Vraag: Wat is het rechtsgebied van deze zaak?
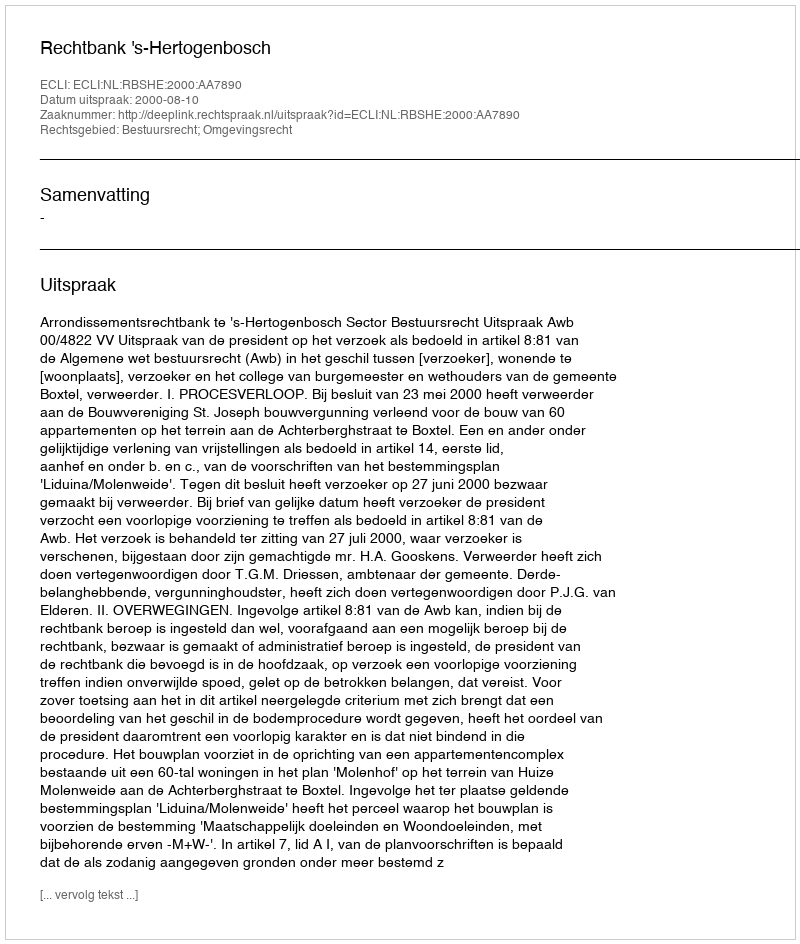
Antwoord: Bestuursrecht; Omgevingsrecht